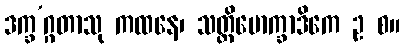
ဒက္ခ’ဂ္ဂတာသု ကထနေ၊ သတ္တိမောက္ခာဒိကေ ဥ စ။